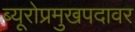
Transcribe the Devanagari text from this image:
ब्यूरोप्रमुखपदावर